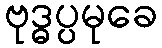
ဗုဒ္ဓပ္ပမုခေ